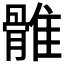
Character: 𩀜